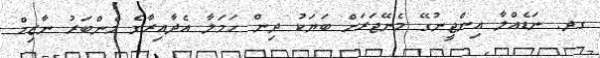
ގދ. ނަޑެއްލާ އިންޖީނުގޭ މެނޭޖަރަށް ބަޔަކު ދިން ހަމަލާ އެދާއިރާގެ މެންބަރު ނާޒިމް